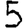
Digit: 5